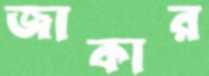
জাকার